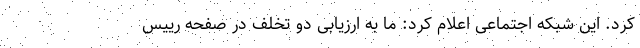
کرد. این شبکه اجتماعی اعلام کرد: ما به ارزیابی دو تخلف در صفحه رییس